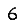
Digit: 6